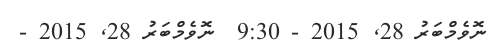
ނޮވެމްބަރު 28